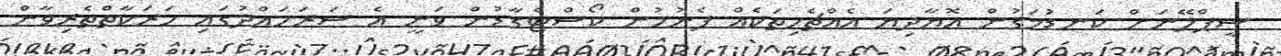
ސީޕްލޭނަށް ކަނޑުމަގުން އޮޔާދިޔަ އެއްޗެހިތަކެއް ފެނުމުން ކޯސްޓްގާޑުން ވަނީ އެ ސަރަހައްދުގައި ހަރަކާތްތެރިވާން